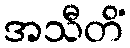
အသီတိံ